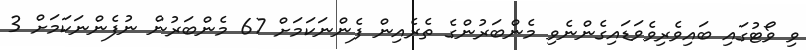
ވި ވޯޓުގައި ބައިވެރިވެވަޑައިގެންނެވި މެންބަރުންގެ ތެރެއިން ފެންނަކަމަށް 67 މެންބަރުން ނުފެންނަކަމަށް 3